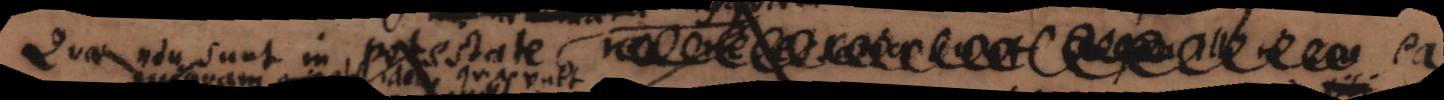
Quae non sunt in potestate (a)